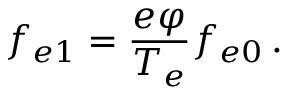
f _ { e 1 } = \frac { e \varphi } { T _ { e } } f _ { e 0 } \, .